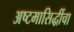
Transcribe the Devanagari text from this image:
अष्टमासिद्धींचा